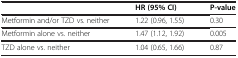
<table><thead><tr><td>[EMPTY_CELL]</td><td><b>HR (95% CI)</b></td><td><b>P-value</b></td></tr></thead><tbody><tr><td>Metformin and/or TZD vs. neither</td><td>1.22 (0.96, 1.55)</td><td>0.30</td></tr><tr><td>Metformin alone vs. neither</td><td>1.47 (1.12, 1.92)</td><td>0.005</td></tr><tr><td>TZD alone vs. neither</td><td>1.04 (0.65, 1.66)</td><td>0.87</td></tr></tbody></table>